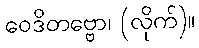
ဝေဒိတဗ္ဗော၊ (လိုက်)။